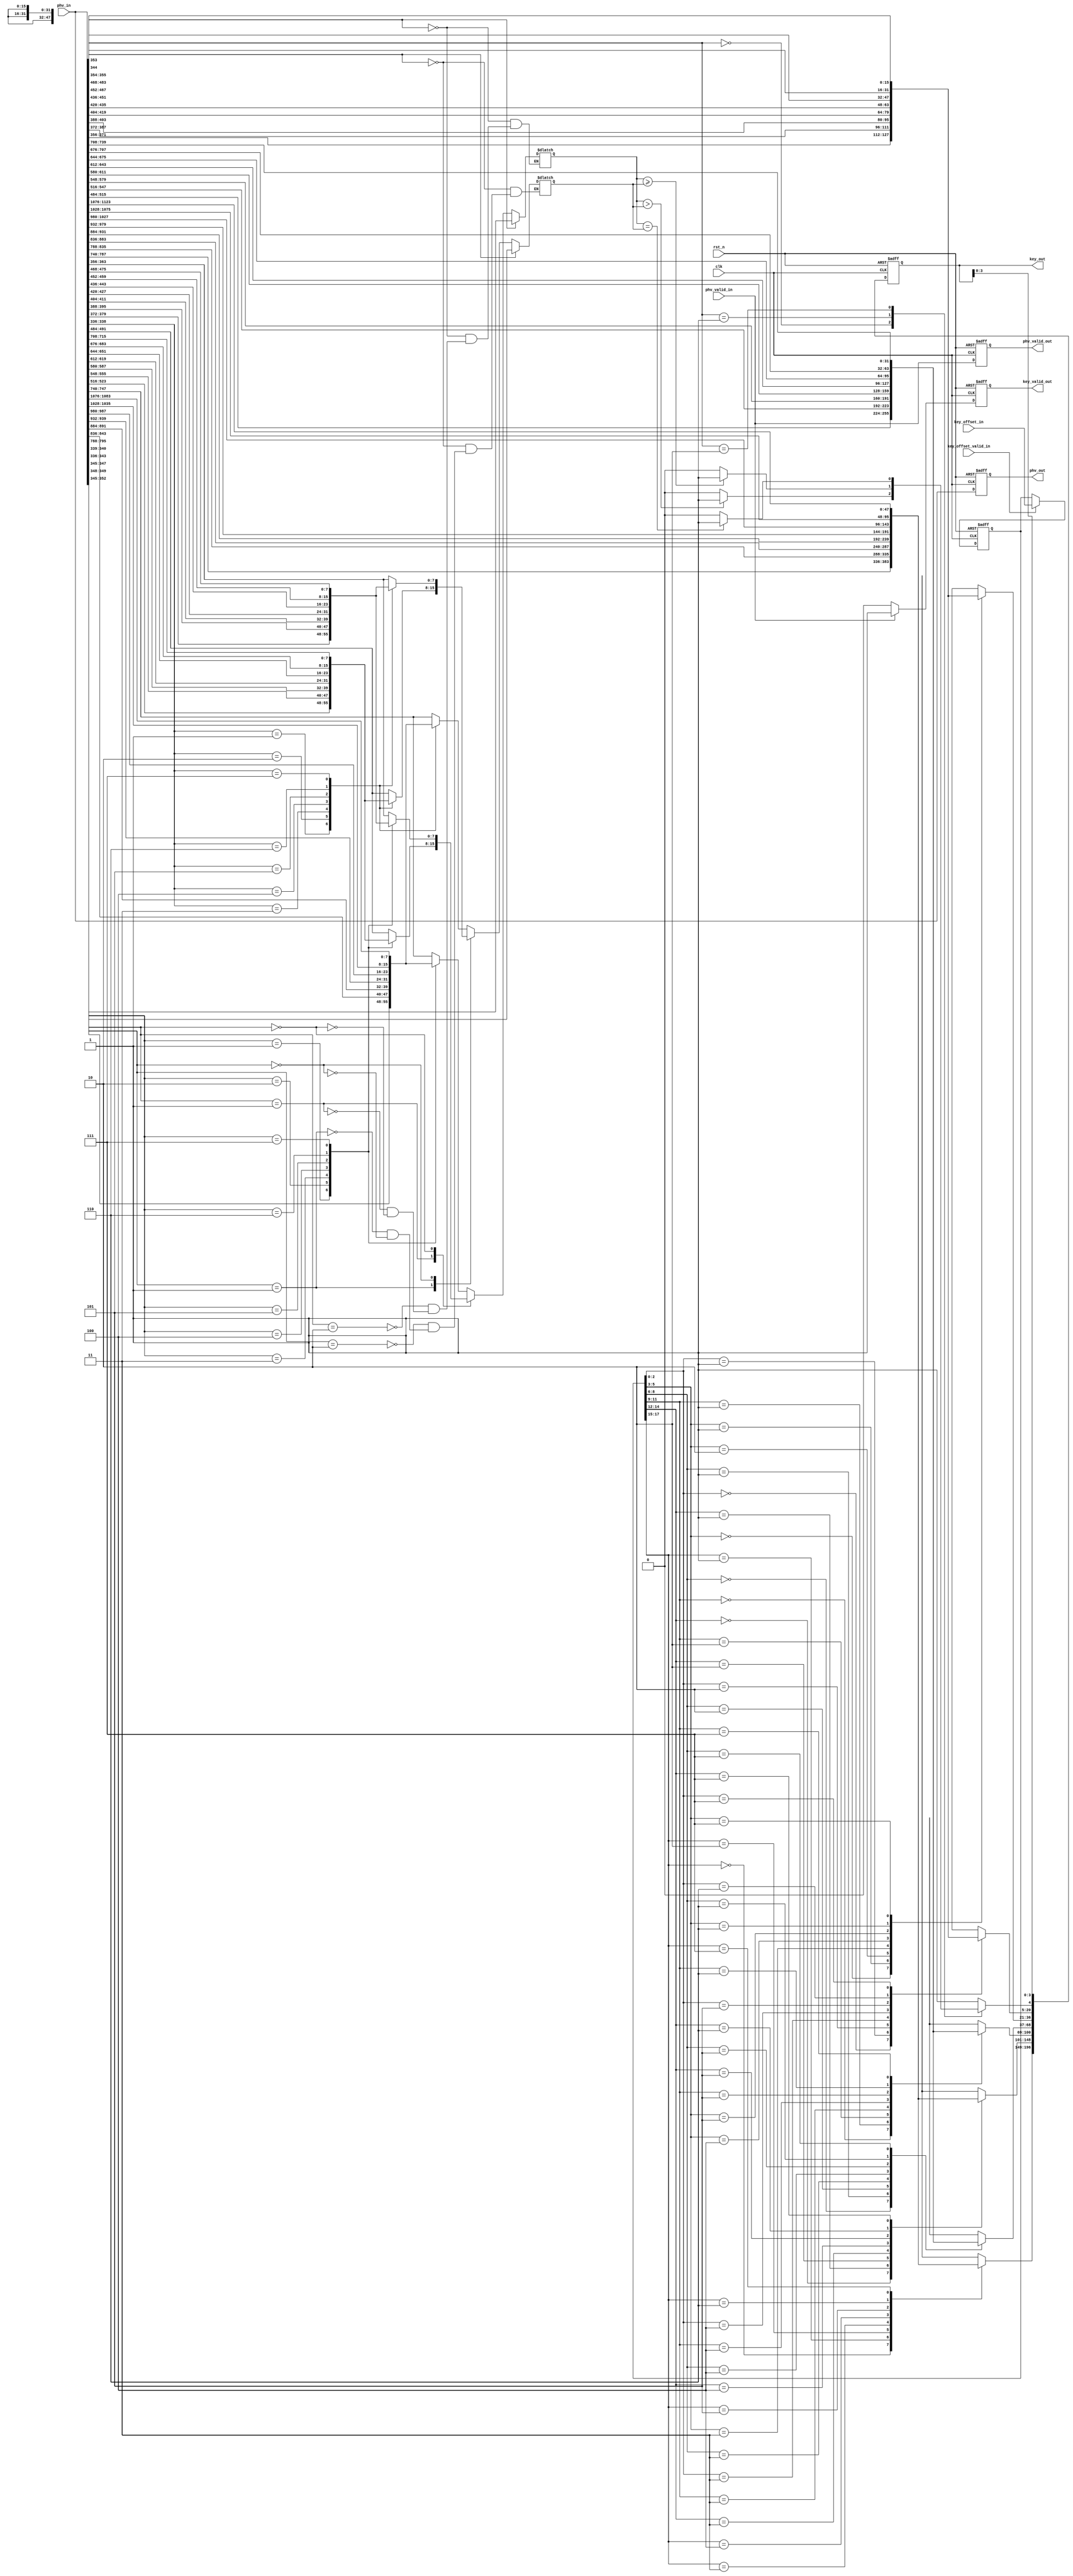
/****************************************************/
//	Module name: key_extract.v
//	Authority @ yangxiangrui (yangxiangrui11@nudt.edu.cn)
//	Last edited time: 2020/09/24
//	Function outline: extract 256b+5b key out of PHV
//  Note: Used only for single-tenant scenario
/****************************************************/

`timescale 1ns / 1ps
module key_extract #(
    parameter STAGE = 0,
    parameter PHV_LEN = 48*8+32*8+16*8+5*20+256,
    parameter KEY_LEN = 48*2+32*2+16*2+5,
    // format of KEY_OFF: |--3(6B)--|--3(6B)--|--3(4B)--|--3(4B)--|--3(2B)--|--3(2B)--|
    parameter KEY_OFF = (3+3)*3    
    )(
    input                      clk,
    input                      rst_n,
    input [PHV_LEN-1:0]        phv_in,
    input                      phv_valid_in,

    //signals used to config key extract offset
    input [KEY_OFF-1:0]        key_offset_in,
    input                      key_offset_valid_in,


    output reg [PHV_LEN-1:0]    phv_out,
    output reg                  phv_valid_out,
    output reg [KEY_LEN-1:0]    key_out,
    output reg                  key_valid_out
);


/********intermediate variables declared here********/
integer i;

localparam width_2B = 16;
localparam width_4B = 32;
localparam width_6B = 48;

//24 fields to be retrived from the pkt header
wire [width_2B-1:0]    cont_2B [0:7];
wire [width_4B-1:0]    cont_4B [0:7];
wire [width_6B-1:0]    cont_6B [0:7];

wire [19:0]            com_op[0:4];
reg  [7:0]             com_op_1;
reg  [7:0]             com_op_2;

reg [KEY_OFF-1:0]           key_offset;

/********intermediate variables declared here********/

assign cont_6B[7] = phv_in[PHV_LEN-1            -: width_6B];
assign cont_6B[6] = phv_in[PHV_LEN-1-  width_6B -: width_6B];
assign cont_6B[5] = phv_in[PHV_LEN-1-2*width_6B -: width_6B];
assign cont_6B[4] = phv_in[PHV_LEN-1-3*width_6B -: width_6B];
assign cont_6B[3] = phv_in[PHV_LEN-1-4*width_6B -: width_6B];
assign cont_6B[2] = phv_in[PHV_LEN-1-5*width_6B -: width_6B];
assign cont_6B[1] = phv_in[PHV_LEN-1-6*width_6B -: width_6B];
assign cont_6B[0] = phv_in[PHV_LEN-1-7*width_6B -: width_6B];

assign cont_4B[7] = phv_in[PHV_LEN-1-8*width_6B           -: width_4B];
assign cont_4B[6] = phv_in[PHV_LEN-1-8*width_6B-  width_4B -: width_4B];
assign cont_4B[5] = phv_in[PHV_LEN-1-8*width_6B-2*width_4B -: width_4B];
assign cont_4B[4] = phv_in[PHV_LEN-1-8*width_6B-3*width_4B -: width_4B];
assign cont_4B[3] = phv_in[PHV_LEN-1-8*width_6B-4*width_4B -: width_4B];
assign cont_4B[2] = phv_in[PHV_LEN-1-8*width_6B-5*width_4B -: width_4B];
assign cont_4B[1] = phv_in[PHV_LEN-1-8*width_6B-6*width_4B -: width_4B];
assign cont_4B[0] = phv_in[PHV_LEN-1-8*width_6B-7*width_4B -: width_4B];


assign cont_2B[7] = phv_in[PHV_LEN-1-8*width_6B-8*width_4B            -: width_2B];
assign cont_2B[6] = phv_in[PHV_LEN-1-8*width_6B-8*width_4B-  width_2B -: width_2B];
assign cont_2B[5] = phv_in[PHV_LEN-1-8*width_6B-8*width_4B-2*width_2B -: width_2B];
assign cont_2B[4] = phv_in[PHV_LEN-1-8*width_6B-8*width_4B-3*width_2B -: width_2B];
assign cont_2B[3] = phv_in[PHV_LEN-1-8*width_6B-8*width_4B-4*width_2B -: width_2B];
assign cont_2B[2] = phv_in[PHV_LEN-1-8*width_6B-8*width_4B-5*width_2B -: width_2B];
assign cont_2B[1] = phv_in[PHV_LEN-1-8*width_6B-8*width_4B-6*width_2B -: width_2B];
assign cont_2B[0] = phv_in[PHV_LEN-1-8*width_6B-8*width_4B-7*width_2B -: width_2B];

//retrive the operators here using wire
assign com_op[0] = phv_in[255+100 -: 20];
assign com_op[1] = phv_in[255+80  -: 20];
assign com_op[2] = phv_in[255+60  -: 20];
assign com_op[3] = phv_in[255+40  -: 20];
assign com_op[4] = phv_in[255+20  -: 20];

//assign com_op_1[0] = (phv_in[255+100-2])?phv_in[255+100-3 -: 8]:phv_in[-:8]

//have to extract comparators within 1 cycle
always @(*) begin
    if(com_op[STAGE][17] == 1'b1) begin
        com_op_1 = com_op[STAGE][16:9];
    end
    else begin
        case(com_op[STAGE][13:12])
            2'b10: begin
                com_op_1 = cont_6B[com_op[STAGE][11:9]][7:0];
            end
            2'b01: begin
                com_op_1 = cont_4B[com_op[STAGE][11:9]][7:0];
            end
            2'b00: begin
                com_op_1 = cont_2B[com_op[STAGE][11:9]][7:0];
            end
        endcase
    end
    if(com_op[STAGE][8] == 1'b1) begin
        com_op_2 = com_op[STAGE][7:0];
    end
    else begin
        case(com_op[STAGE][4:3])
            2'b10: begin
                com_op_2 = cont_6B[com_op[STAGE][2:0]][7:0];
            end
            2'b01: begin
                com_op_2 = cont_4B[com_op[STAGE][2:0]][7:0];
            end
            2'b00: begin
                com_op_2 = cont_2B[com_op[STAGE][2:0]][7:0];
            end
        endcase
    end

end

//extract keys from PHV
always @(posedge clk or negedge rst_n) begin
    if(~rst_n) begin
        key_out <= 0;
        key_valid_out <= 1'b0;
        phv_out <= 0;
        phv_valid_out <= 1'b0;
    end

    else begin
        //output PHV
        phv_out <= phv_in;
        phv_valid_out <= phv_valid_in;
        //extract keys according to key_off
        key_out[KEY_LEN-1                                     -: width_6B] = cont_6B[key_offset[KEY_OFF-1     -: 3]];
        key_out[KEY_LEN-1- 1*width_6B                         -: width_6B] = cont_6B[key_offset[KEY_OFF-1-1*3 -: 3]];
        key_out[KEY_LEN-1- 2*width_6B                         -: width_4B] = cont_4B[key_offset[KEY_OFF-1-2*3 -: 3]];
        key_out[KEY_LEN-1- 2*width_6B - 1*width_4B            -: width_4B] = cont_4B[key_offset[KEY_OFF-1-3*3 -: 3]];
        key_out[KEY_LEN-1- 2*width_6B - 2*width_4B            -: width_2B] = cont_2B[key_offset[KEY_OFF-1-4*3 -: 3]];
        key_out[KEY_LEN-1- 2*width_6B - 2*width_4B - width_2B -: width_2B] = cont_2B[key_offset[KEY_OFF-1-5*3 -: 3]];
        
        //deal with comparators
        case(com_op[STAGE][19:18])
            2'b00: begin
                key_out[4-STAGE] <= (com_op_1>com_op_2)?1'b1:1'b0;
            end
            2'b01: begin
                key_out[4-STAGE] <= (com_op_1>=com_op_2)?1'b1:1'b0;
            end
            2'b10: begin
                key_out[4-STAGE] <= (com_op_1==com_op_2)?1'b1:1'b0;
            end
            default: begin
                key_out[4-STAGE] <= 1'b1;
            end
        endcase

        if(phv_valid_in) begin
            key_valid_out <= 1'b1;    
        end
        else begin
            key_valid_out <= 1'b0;
        end
    end
end


//set the extract table (i.e. key_offset)
//1024b PHV --->  256b Key
always @(posedge clk or negedge rst_n) begin
    if(~rst_n) begin
        key_offset <= 0;
    end
    else begin
        if(key_offset_valid_in) begin
            key_offset <= key_offset_in;
        end
        else begin
            key_offset <= key_offset;
        end
    end
end


endmodule